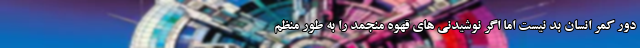
دور کمر انسان بد نیست اما اگر نوشیدنی های قهوه منجمد را به طور منظم